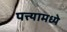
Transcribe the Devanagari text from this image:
पत्त्यामध्ये